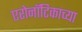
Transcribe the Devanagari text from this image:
एरोनॉटिकाच्या